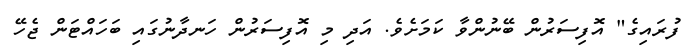
ފުރައިގެ" އޮފިސަރުން ބޭނުންވާ ކަމަށެވެ. އަދި މި އޮފިސަރުން ހަނދާނުގައި ބަހައްޓަން ޖެހޭ